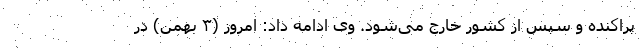
پراکنده و سپس از کشور خارج می‌شود. وی ادامه داد: امروز (۳ بهمن) در